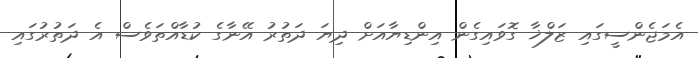
އެމަޖެންސީގައި ޒަލްޚާ ގޮވައިގެން އިންޑިޔާއަށް ދިޔަ ދަތުރު އޭނާގެ ކުޑާއްތަވެސް އެ ދަތުރުގައި